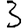
Digit: 3